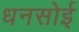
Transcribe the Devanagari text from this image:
धनसोई